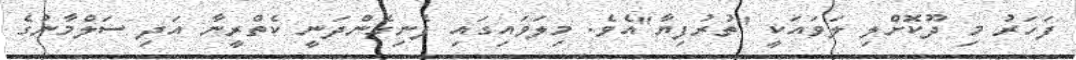
ފަހަރު މި ދޫކޮށްލި ލަވައަކީ "ތުރުފިޔާ"އެވެ. މިލަވައިގައި ފެނިގެންދަނީ ކެތްރީނާ އަދި ސަލްމާނުގެ